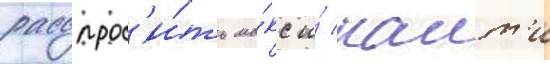
расспрос'и́ть ма́кс и́ наит'и